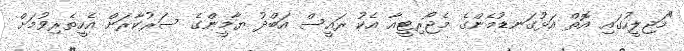
"މަޖިލީހުގައި އޮތް އަޅުގަނޑުމެންގެ މެޖޯރިޓީއާ އެކު ރައީސް އަބްދު ޔާމީންގެ ސަރުކާރަށް އެހީތެރިވުމަށް